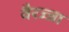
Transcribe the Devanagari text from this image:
वैरज्जा